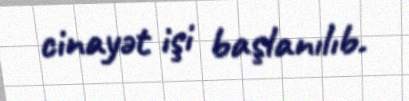
cinayət işi başlanılıb.